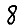
Digit: 8